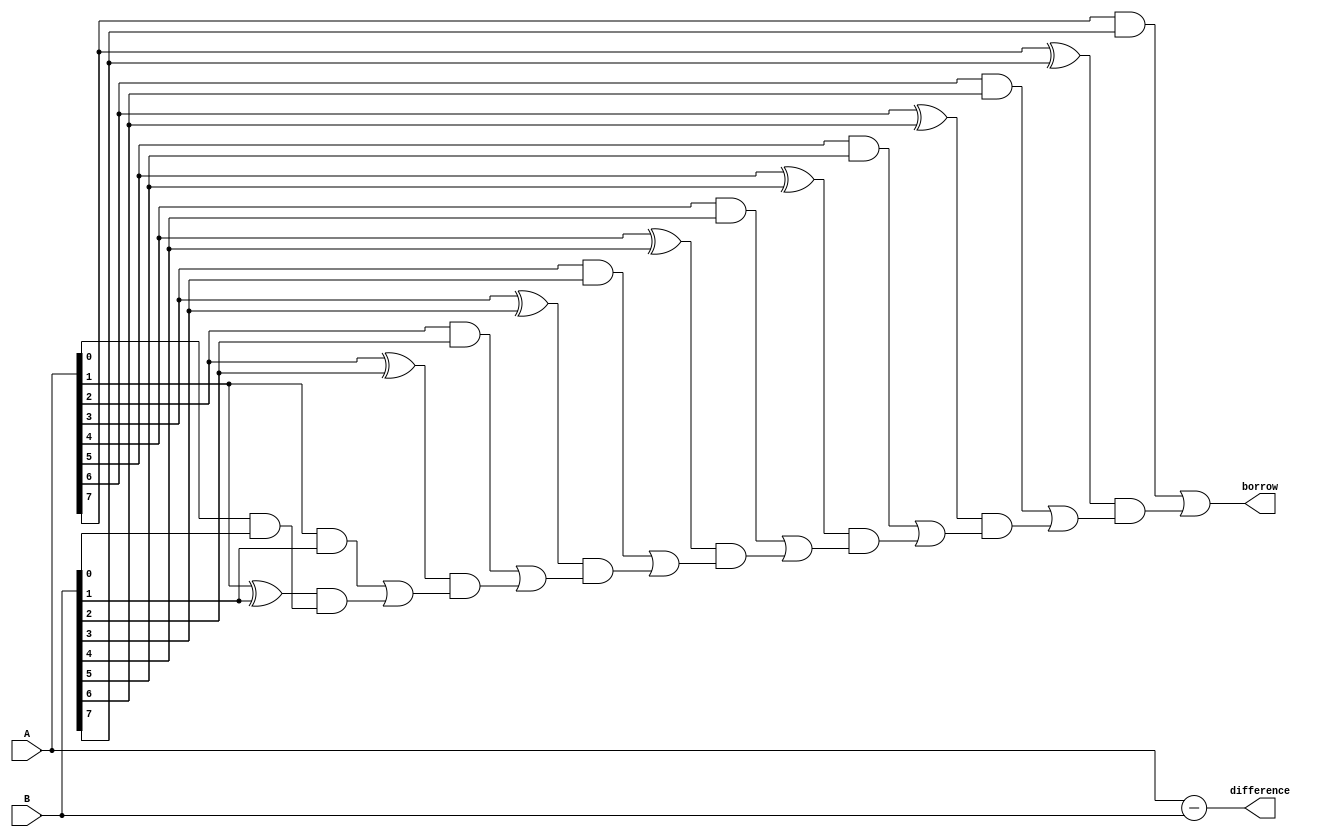
module carry_lookahead_subtractor (
    input [7:0] A,
    input [7:0] B,
    output [7:0] difference,
    output borrow
);

wire [8:0] P, G, C; // Propagate, Generate, and Carry signals

assign P[0] = 1'b0;
assign G[0] = 1'b0;

genvar i;
generate
for (i = 1; i < 9; i = i + 1) begin : loop
    assign P[i] = A[i-1] ^ B[i-1];
    assign G[i] = A[i-1] & B[i-1];
end
endgenerate

assign C[0] = 1'b0;
assign C[1] = G[1] | (P[1] & C[0]);
assign C[2] = G[2] | (P[2] & C[1]);
assign C[3] = G[3] | (P[3] & C[2]);
assign C[4] = G[4] | (P[4] & C[3]);
assign C[5] = G[5] | (P[5] & C[4]);
assign C[6] = G[6] | (P[6] & C[5]);
assign C[7] = G[7] | (P[7] & C[6]);
assign C[8] = G[8] | (P[8] & C[7]);

assign difference = A - B;
assign borrow = C[8];

endmodule